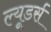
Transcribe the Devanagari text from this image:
ल्यूडर्स